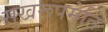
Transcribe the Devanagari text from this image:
सुखरूपमेति